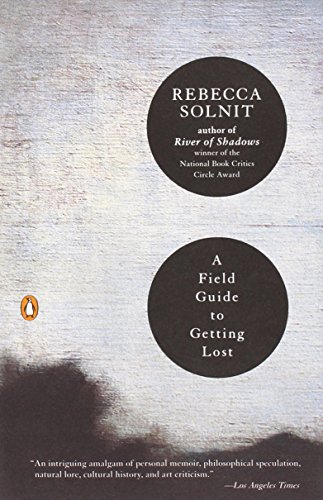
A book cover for A Field Guide to Getting Lost; Rebecca Solnit; Biographies & Memoirs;